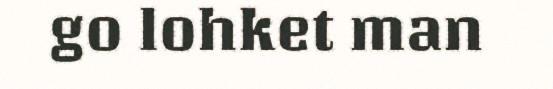
go lohket man